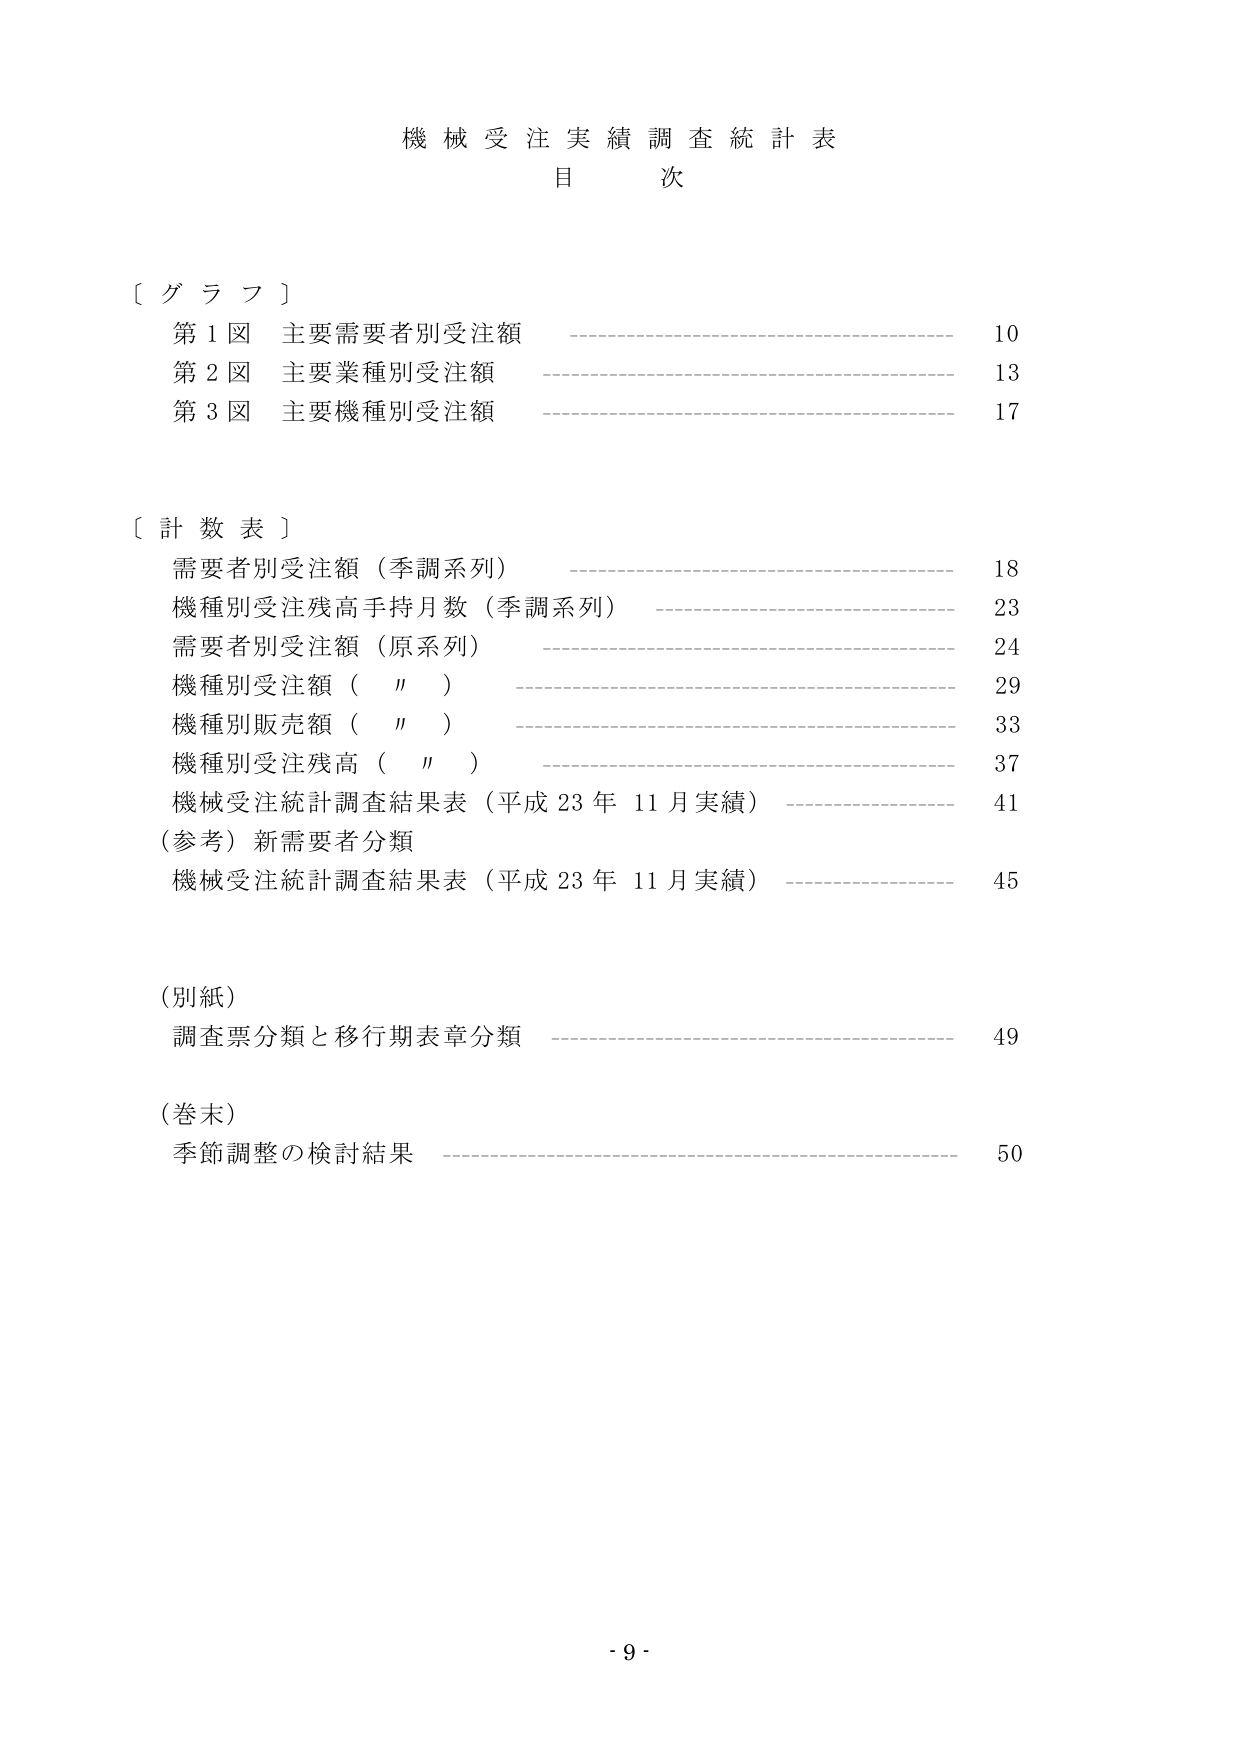
機械受注実績調査統計表
目 次

〔グラフ〕
第1図 主要需要者別受注額 ———————————————————— 10
第2図 主要業種別受注額 ———————————————————— 13
第3図 主要機種別受注額 ———————————————————— 17

〔計数表〕
需要者別受注額（季調系列） ———————————————————— 18
機種別受注残高手持月数（季調系列） ———————————————————— 23
需要者別受注額（原系列） ———————————————————— 24
機種別受注額（　〃　） ———————————————————— 29
機種別販売額（　〃　） ———————————————————— 33
機種別受注残高（　〃　） ———————————————————— 37
機械受注統計調査結果表（平成23年11月実績） ———————————————————— 41
（参考）新需要者分類
機械受注統計調査結果表（平成23年11月実績） ———————————————————— 45

（別紙）
調査票分類と移行期表章分類 ———————————————————— 49

（巻末）
季節調整の検討結果 ———————————————————— 50

- 9 -